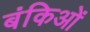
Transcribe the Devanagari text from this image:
बंकिओं